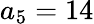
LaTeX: a_{5}=14